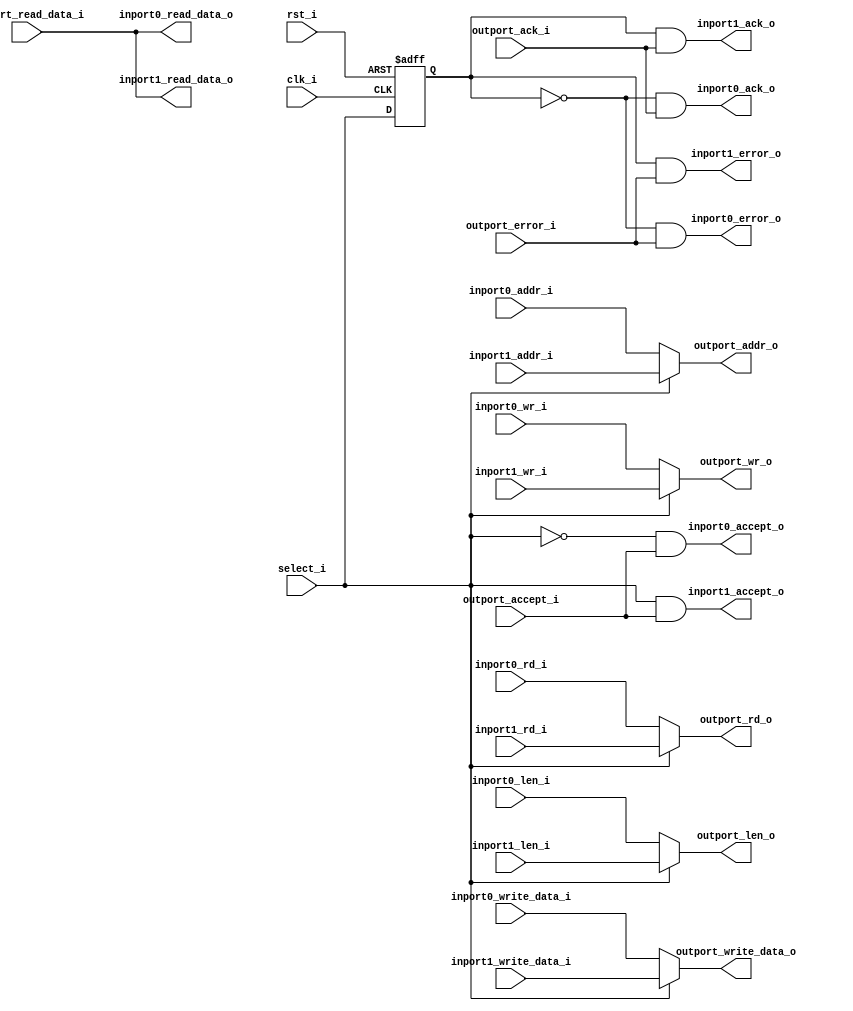
module dcache_pmem_mux
(
     input           clk_i
    ,input           rst_i
    ,input           outport_accept_i
    ,input           outport_ack_i
    ,input           outport_error_i
    ,input  [ 31:0]  outport_read_data_i
    ,input           select_i
    ,input  [  3:0]  inport0_wr_i
    ,input           inport0_rd_i
    ,input  [  7:0]  inport0_len_i
    ,input  [ 31:0]  inport0_addr_i
    ,input  [ 31:0]  inport0_write_data_i
    ,input  [  3:0]  inport1_wr_i
    ,input           inport1_rd_i
    ,input  [  7:0]  inport1_len_i
    ,input  [ 31:0]  inport1_addr_i
    ,input  [ 31:0]  inport1_write_data_i
    ,output [  3:0]  outport_wr_o
    ,output          outport_rd_o
    ,output [  7:0]  outport_len_o
    ,output [ 31:0]  outport_addr_o
    ,output [ 31:0]  outport_write_data_o
    ,output          inport0_accept_o
    ,output          inport0_ack_o
    ,output          inport0_error_o
    ,output [ 31:0]  inport0_read_data_o
    ,output          inport1_accept_o
    ,output          inport1_ack_o
    ,output          inport1_error_o
    ,output [ 31:0]  inport1_read_data_o
);
reg [  3:0]  outport_wr_r;
reg          outport_rd_r;
reg [  7:0]  outport_len_r;
reg [ 31:0]  outport_addr_r;
reg [ 31:0]  outport_write_data_r;
reg          select_q;
always @ *
begin
    case (select_i)
    1'd1:
    begin
        outport_wr_r          = inport1_wr_i;
        outport_rd_r          = inport1_rd_i;
        outport_len_r         = inport1_len_i;
        outport_addr_r        = inport1_addr_i;
        outport_write_data_r  = inport1_write_data_i;
    end
    default:
    begin
        outport_wr_r          = inport0_wr_i;
        outport_rd_r          = inport0_rd_i;
        outport_len_r         = inport0_len_i;
        outport_addr_r        = inport0_addr_i;
        outport_write_data_r  = inport0_write_data_i;
    end
    endcase
end
assign outport_wr_o         = outport_wr_r;
assign outport_rd_o         = outport_rd_r;
assign outport_len_o        = outport_len_r;
assign outport_addr_o       = outport_addr_r;
assign outport_write_data_o = outport_write_data_r;
always @ (posedge clk_i or posedge rst_i)
if (rst_i)
    select_q <= 1'b0;
else
    select_q <= select_i;
assign inport0_ack_o       = (select_q == 1'd0) && outport_ack_i;
assign inport0_error_o     = (select_q == 1'd0) && outport_error_i;
assign inport0_read_data_o = outport_read_data_i;
assign inport0_accept_o    = (select_i == 1'd0) && outport_accept_i;
assign inport1_ack_o       = (select_q == 1'd1) && outport_ack_i;
assign inport1_error_o     = (select_q == 1'd1) && outport_error_i;
assign inport1_read_data_o = outport_read_data_i;
assign inport1_accept_o    = (select_i == 1'd1) && outport_accept_i;
endmodule